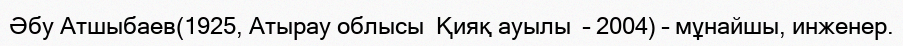
Әбу Атшыбаев(1925, Атырау облысы  Қияқ ауылы  – 2004) – мұнайшы, инженер.